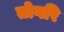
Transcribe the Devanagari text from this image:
तोगरि